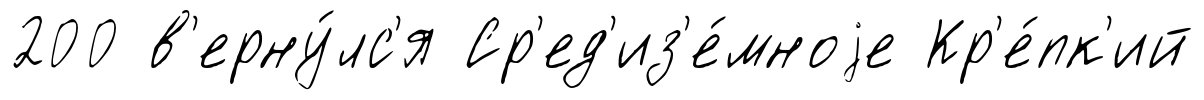
200 в'ерну́лс'я Ср'ед'из'е́мноjе Кр'е́пк'ий